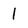
Character: I